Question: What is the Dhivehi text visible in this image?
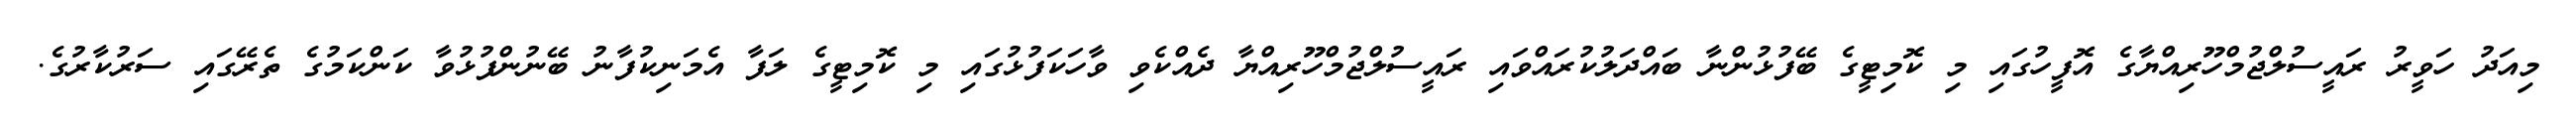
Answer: މިއަދު ހަވީރު ރައީސުލްޖުމްހޫރިއްޔާގެ އޮފީހުގައި މި ކޮމިޓީގެ ބޭފުޅުންނާ ބައްދަލުކުރައްވައި ރައީސުލްޖުމްހޫރިއްޔާ ދެއްކެވި ވާހަކަފުޅުގައި މި ކޮމިޓީގެ ލަފާ އެމަނިކުފާނު ބޭނުންފުޅުވާ ކަންކަމުގެ ތެރޭގައި ސަރުކާރުގެ.